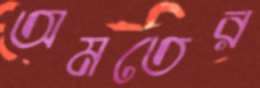
অমতের